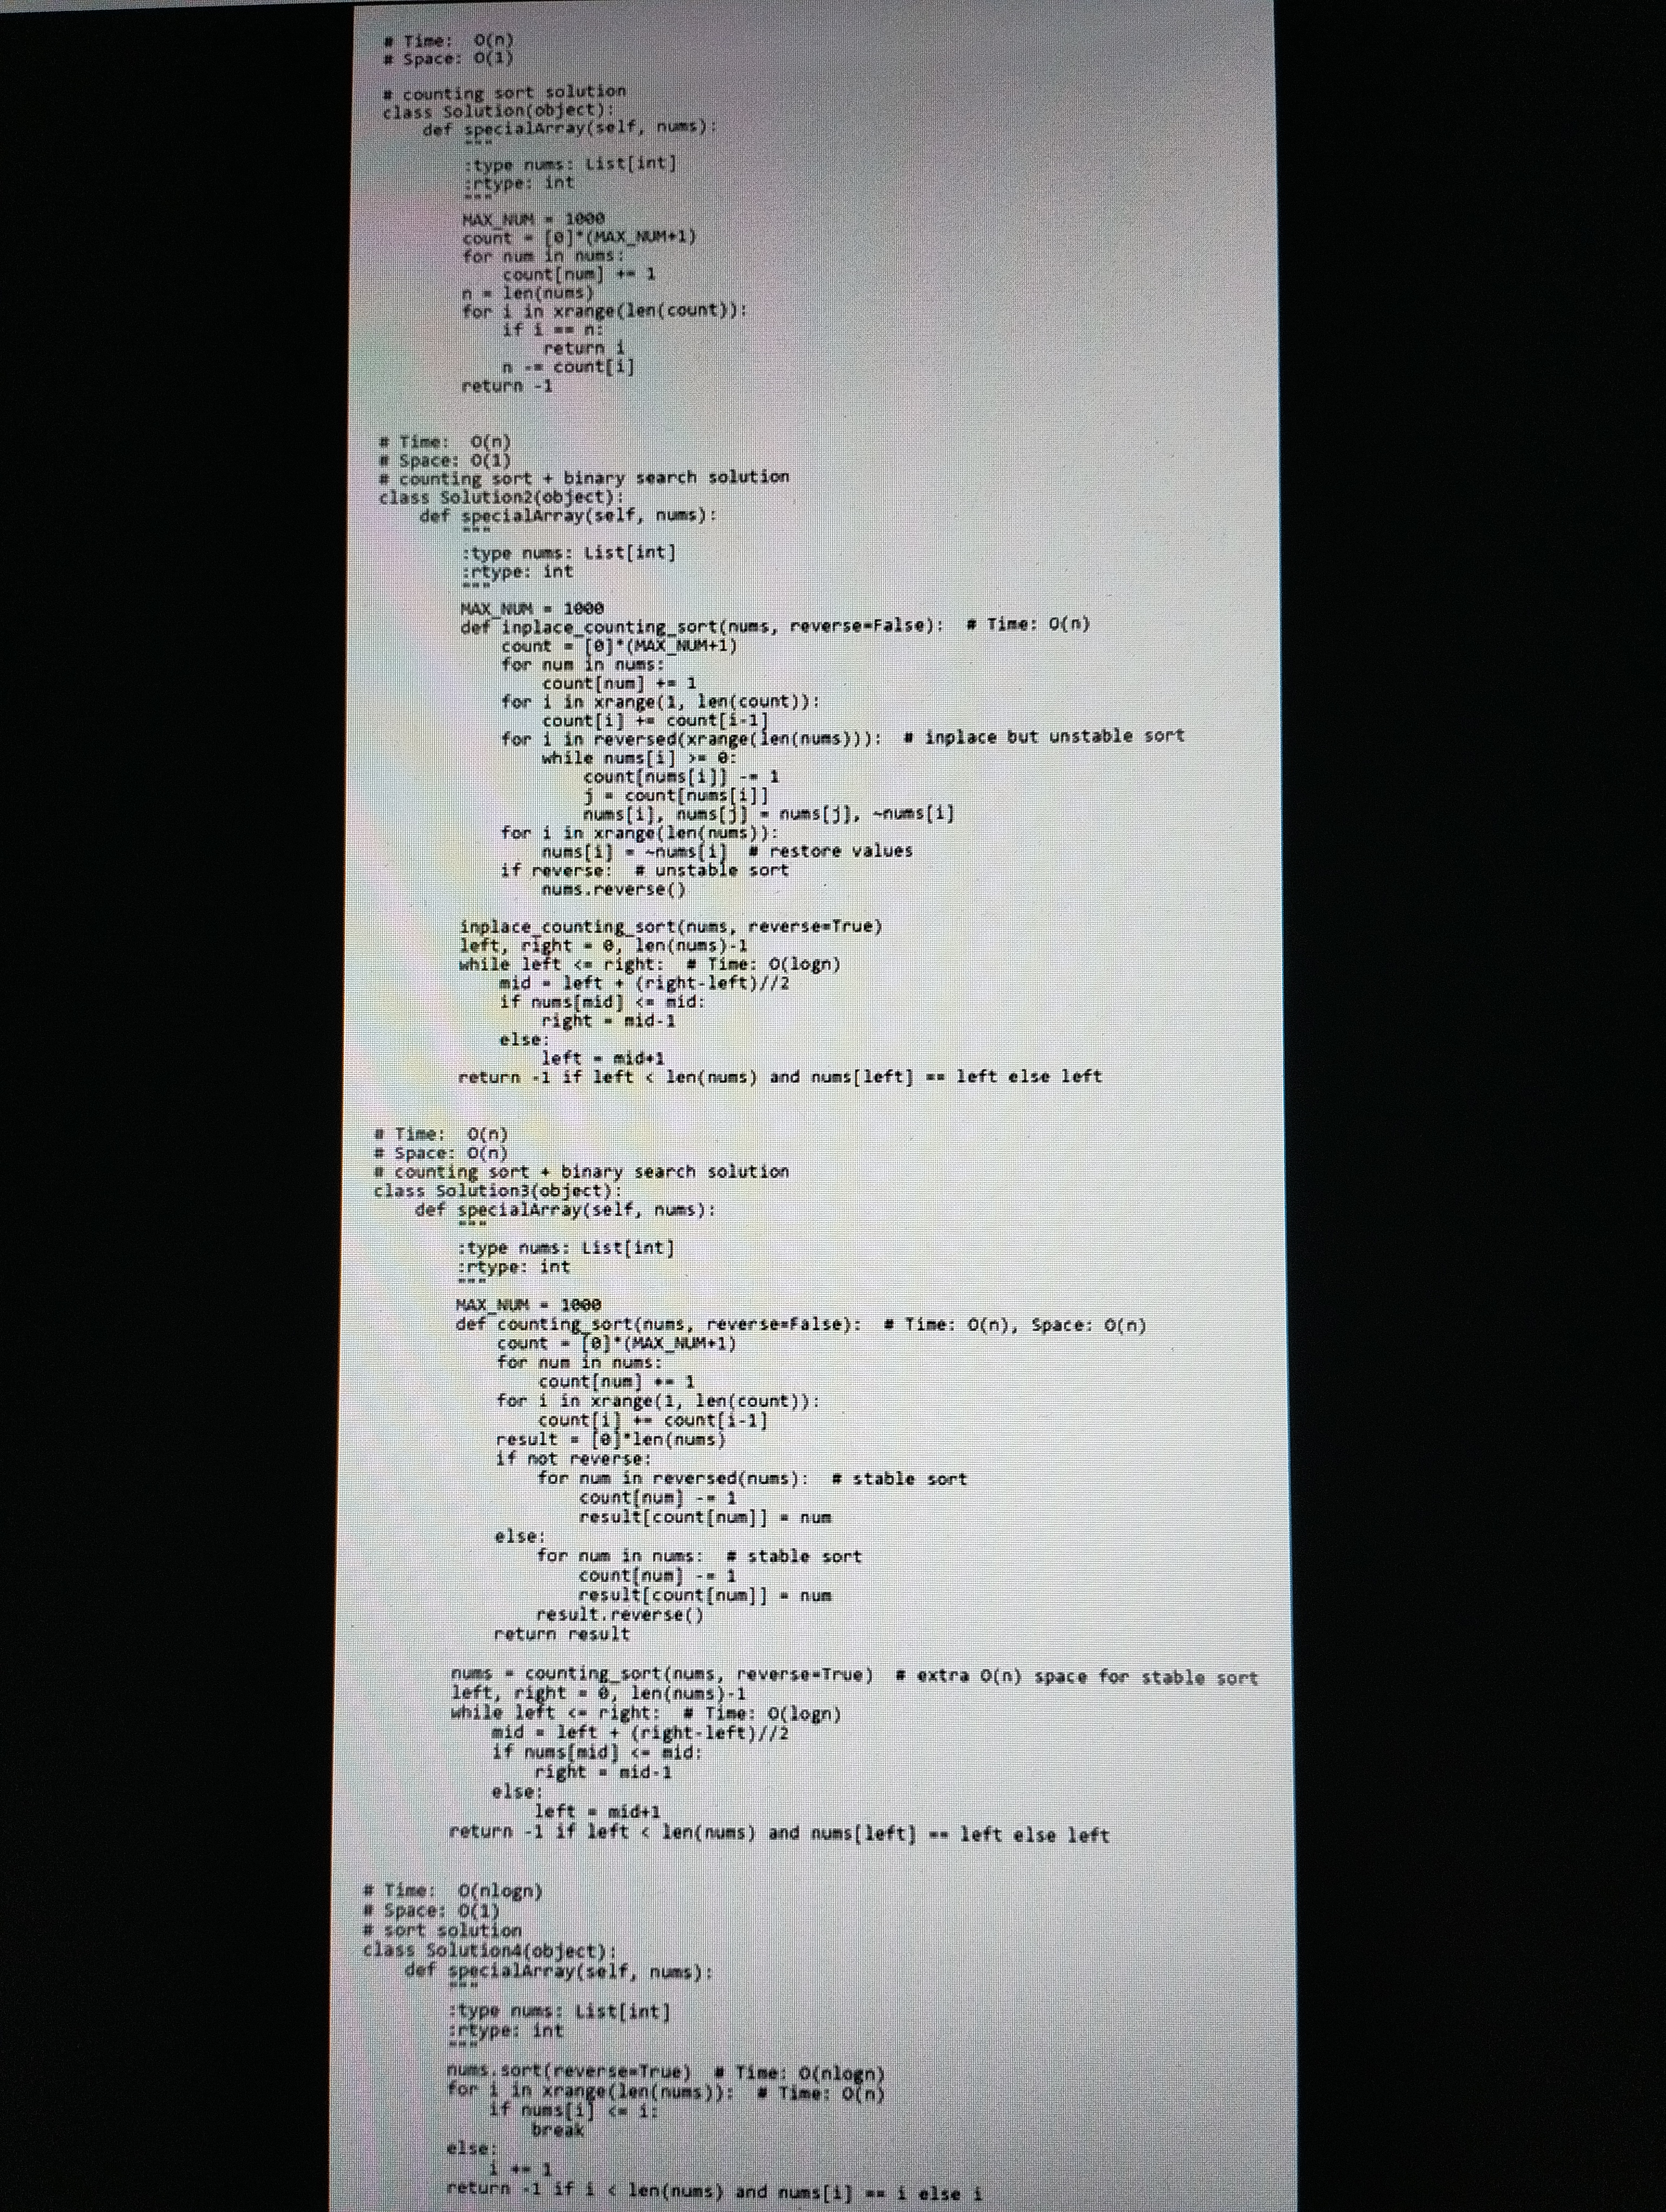
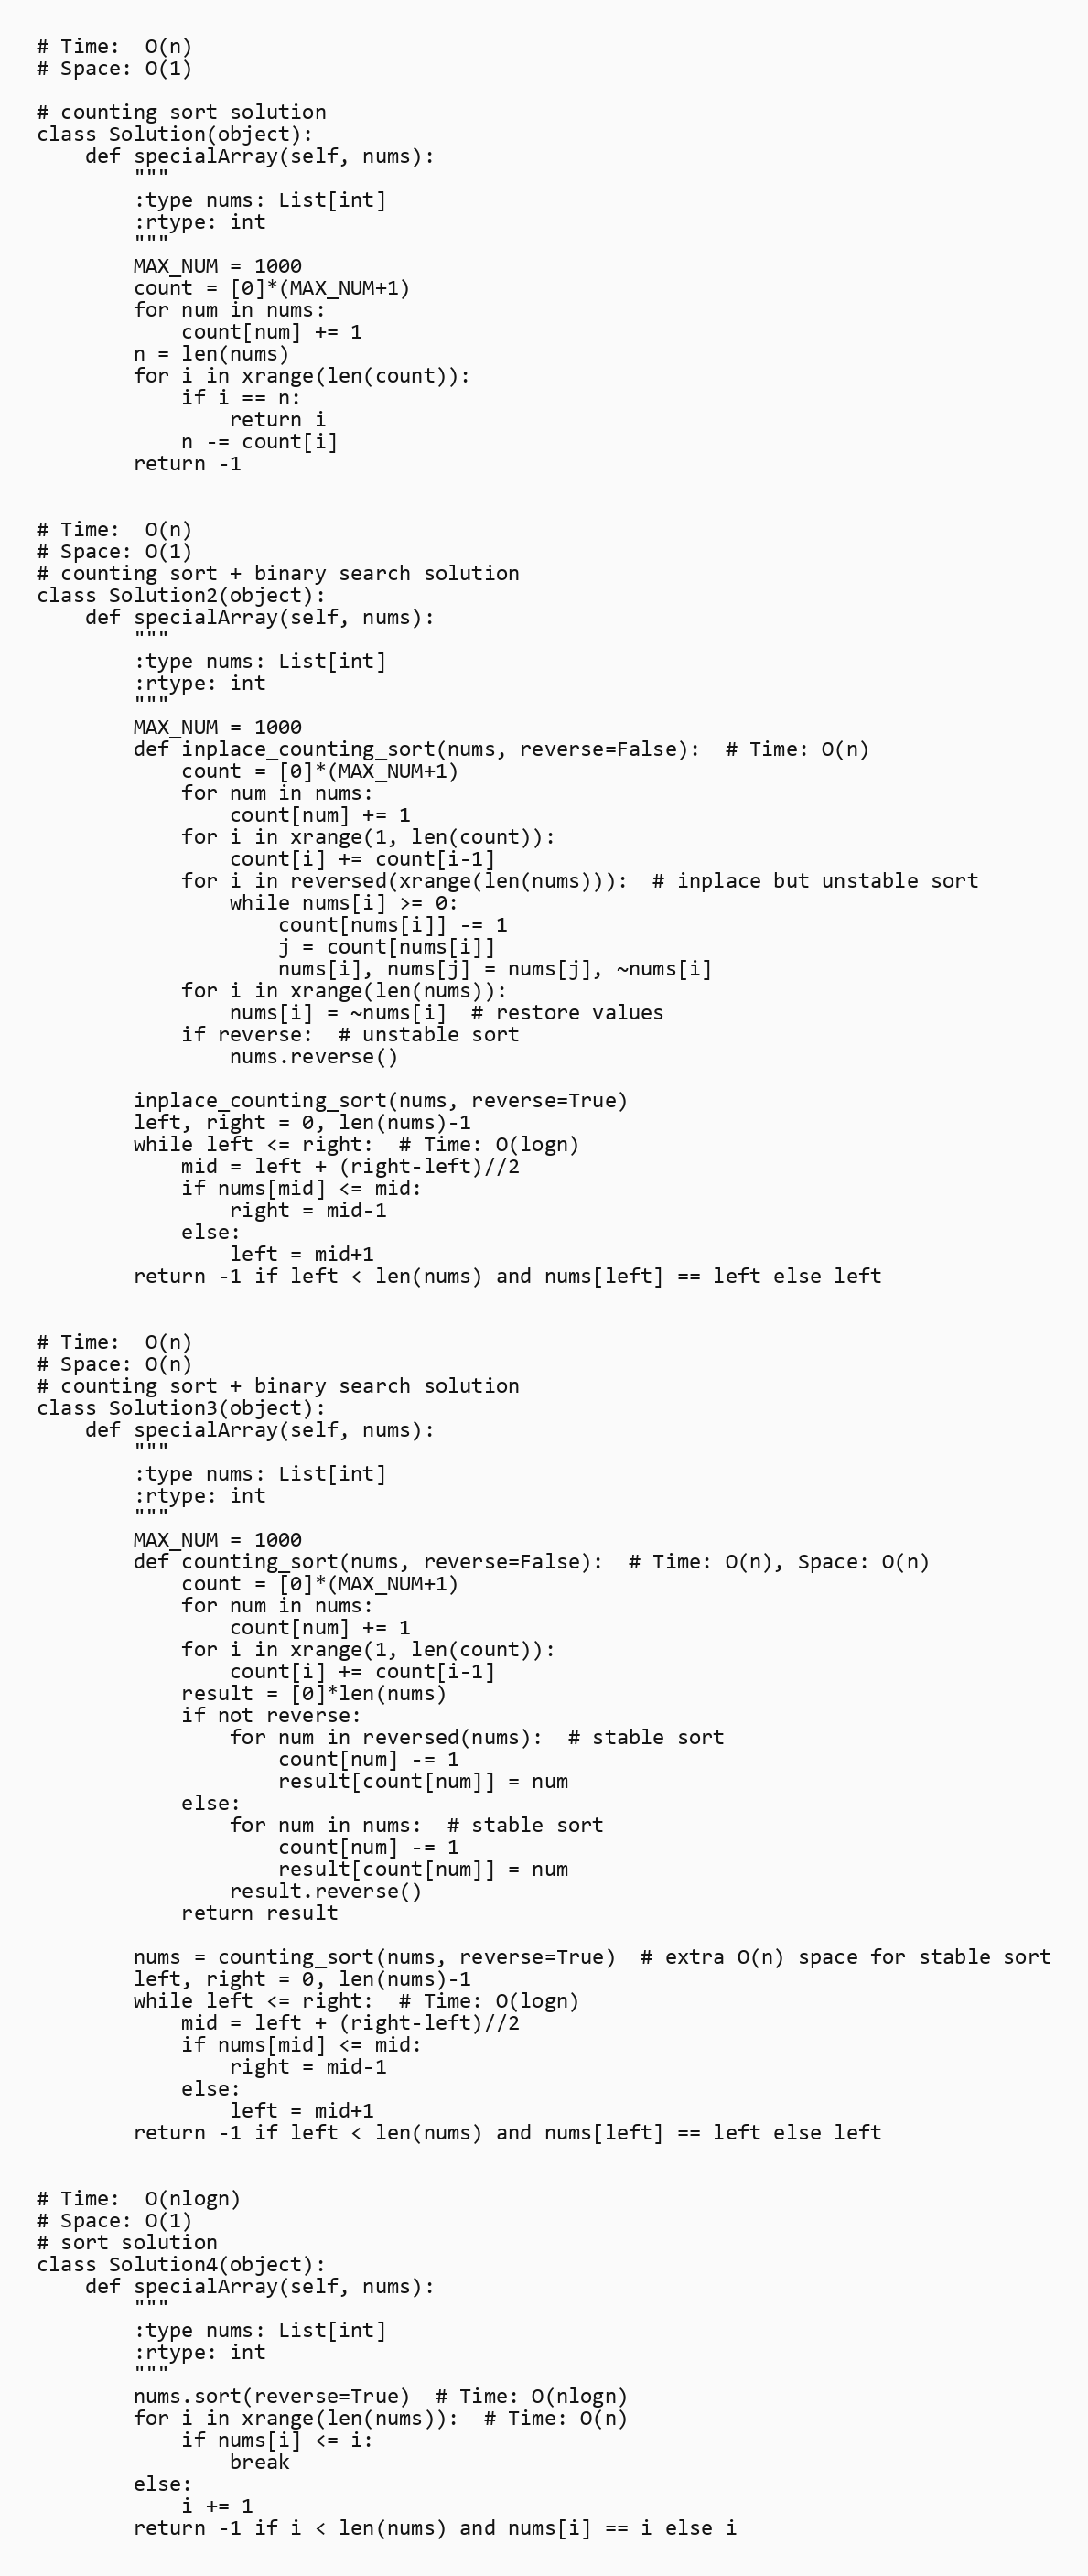
# Time:  O(n)
# Space: O(1)

# counting sort solution
class Solution(object):
    def specialArray(self, nums):
        """
        :type nums: List[int]
        :rtype: int
        """
        MAX_NUM = 1000
        count = [0]*(MAX_NUM+1)
        for num in nums:
            count[num] += 1
        n = len(nums)
        for i in xrange(len(count)):
            if i == n:
                return i
            n -= count[i]
        return -1

# Time:  O(n)
# Space: O(1)
# counting sort + binary search solution
class Solution2(object):
    def specialArray(self, nums):
        """
        :type nums: List[int]
        :rtype: int
        """
        MAX_NUM = 1000
        def inplace_counting_sort(nums, reverse=False):  # Time: O(n)
            count = [0]*(MAX_NUM+1)
            for num in nums:
                count[num] += 1
            for i in xrange(1, len(count)):
                count[i] += count[i-1]
            for i in reversed(xrange(len(nums))):  # inplace but unstable sort
                while nums[i] >= 0:
                    count[nums[i]] -= 1
                    j = count[nums[i]]
                    nums[i], nums[j] = nums[j], ~nums[i]
            for i in xrange(len(nums)):
                nums[i] = ~nums[i]  # restore values
            if reverse:  # unstable sort
                nums.reverse()

        inplace_counting_sort(nums, reverse=True)
        left, right = 0, len(nums)-1
        while left <= right:  # Time: O(logn)
            mid = left + (right-left)//2
            if nums[mid] <= mid:
                right = mid-1
            else:
                left = mid+1
        return -1 if left < len(nums) and nums[left] == left else left

# Time:  O(n)
# Space: O(n)
# counting sort + binary search solution
class Solution3(object):
    def specialArray(self, nums):
        """
        :type nums: List[int]
        :rtype: int
        """
        MAX_NUM = 1000
        def counting_sort(nums, reverse=False):  # Time: O(n), Space: O(n)
            count = [0]*(MAX_NUM+1)
            for num in nums:
                count[num] += 1
            for i in xrange(1, len(count)):
                count[i] += count[i-1]
            result = [0]*len(nums)
            if not reverse:
                for num in reversed(nums):  # stable sort
                    count[num] -= 1
                    result[count[num]] = num
            else:
                for num in nums:  # stable sort
                    count[num] -= 1
                    result[count[num]] = num
                result.reverse()
            return result

        nums = counting_sort(nums, reverse=True)  # extra O(n) space for stable sort
        left, right = 0, len(nums)-1
        while left <= right:  # Time: O(logn)
            mid = left + (right-left)//2
            if nums[mid] <= mid:
                right = mid-1
            else:
                left = mid+1
        return -1 if left < len(nums) and nums[left] == left else left

# Time:  O(nlogn)
# Space: O(1)
# sort solution
class Solution4(object):
    def specialArray(self, nums):
        """
        :type nums: List[int]
        :rtype: int
        """
        nums.sort(reverse=True)  # Time: O(nlogn)
        for i in xrange(len(nums)):  # Time: O(n)
            if nums[i] <= i:
                break
        else:
            i += 1
        return -1 if i < len(nums) and nums[i] == i else i